DOW-UAP-D48, Department of the Air Force Report, 1996
Agency: Department of War
Incident date: 9/10/96
Page 128
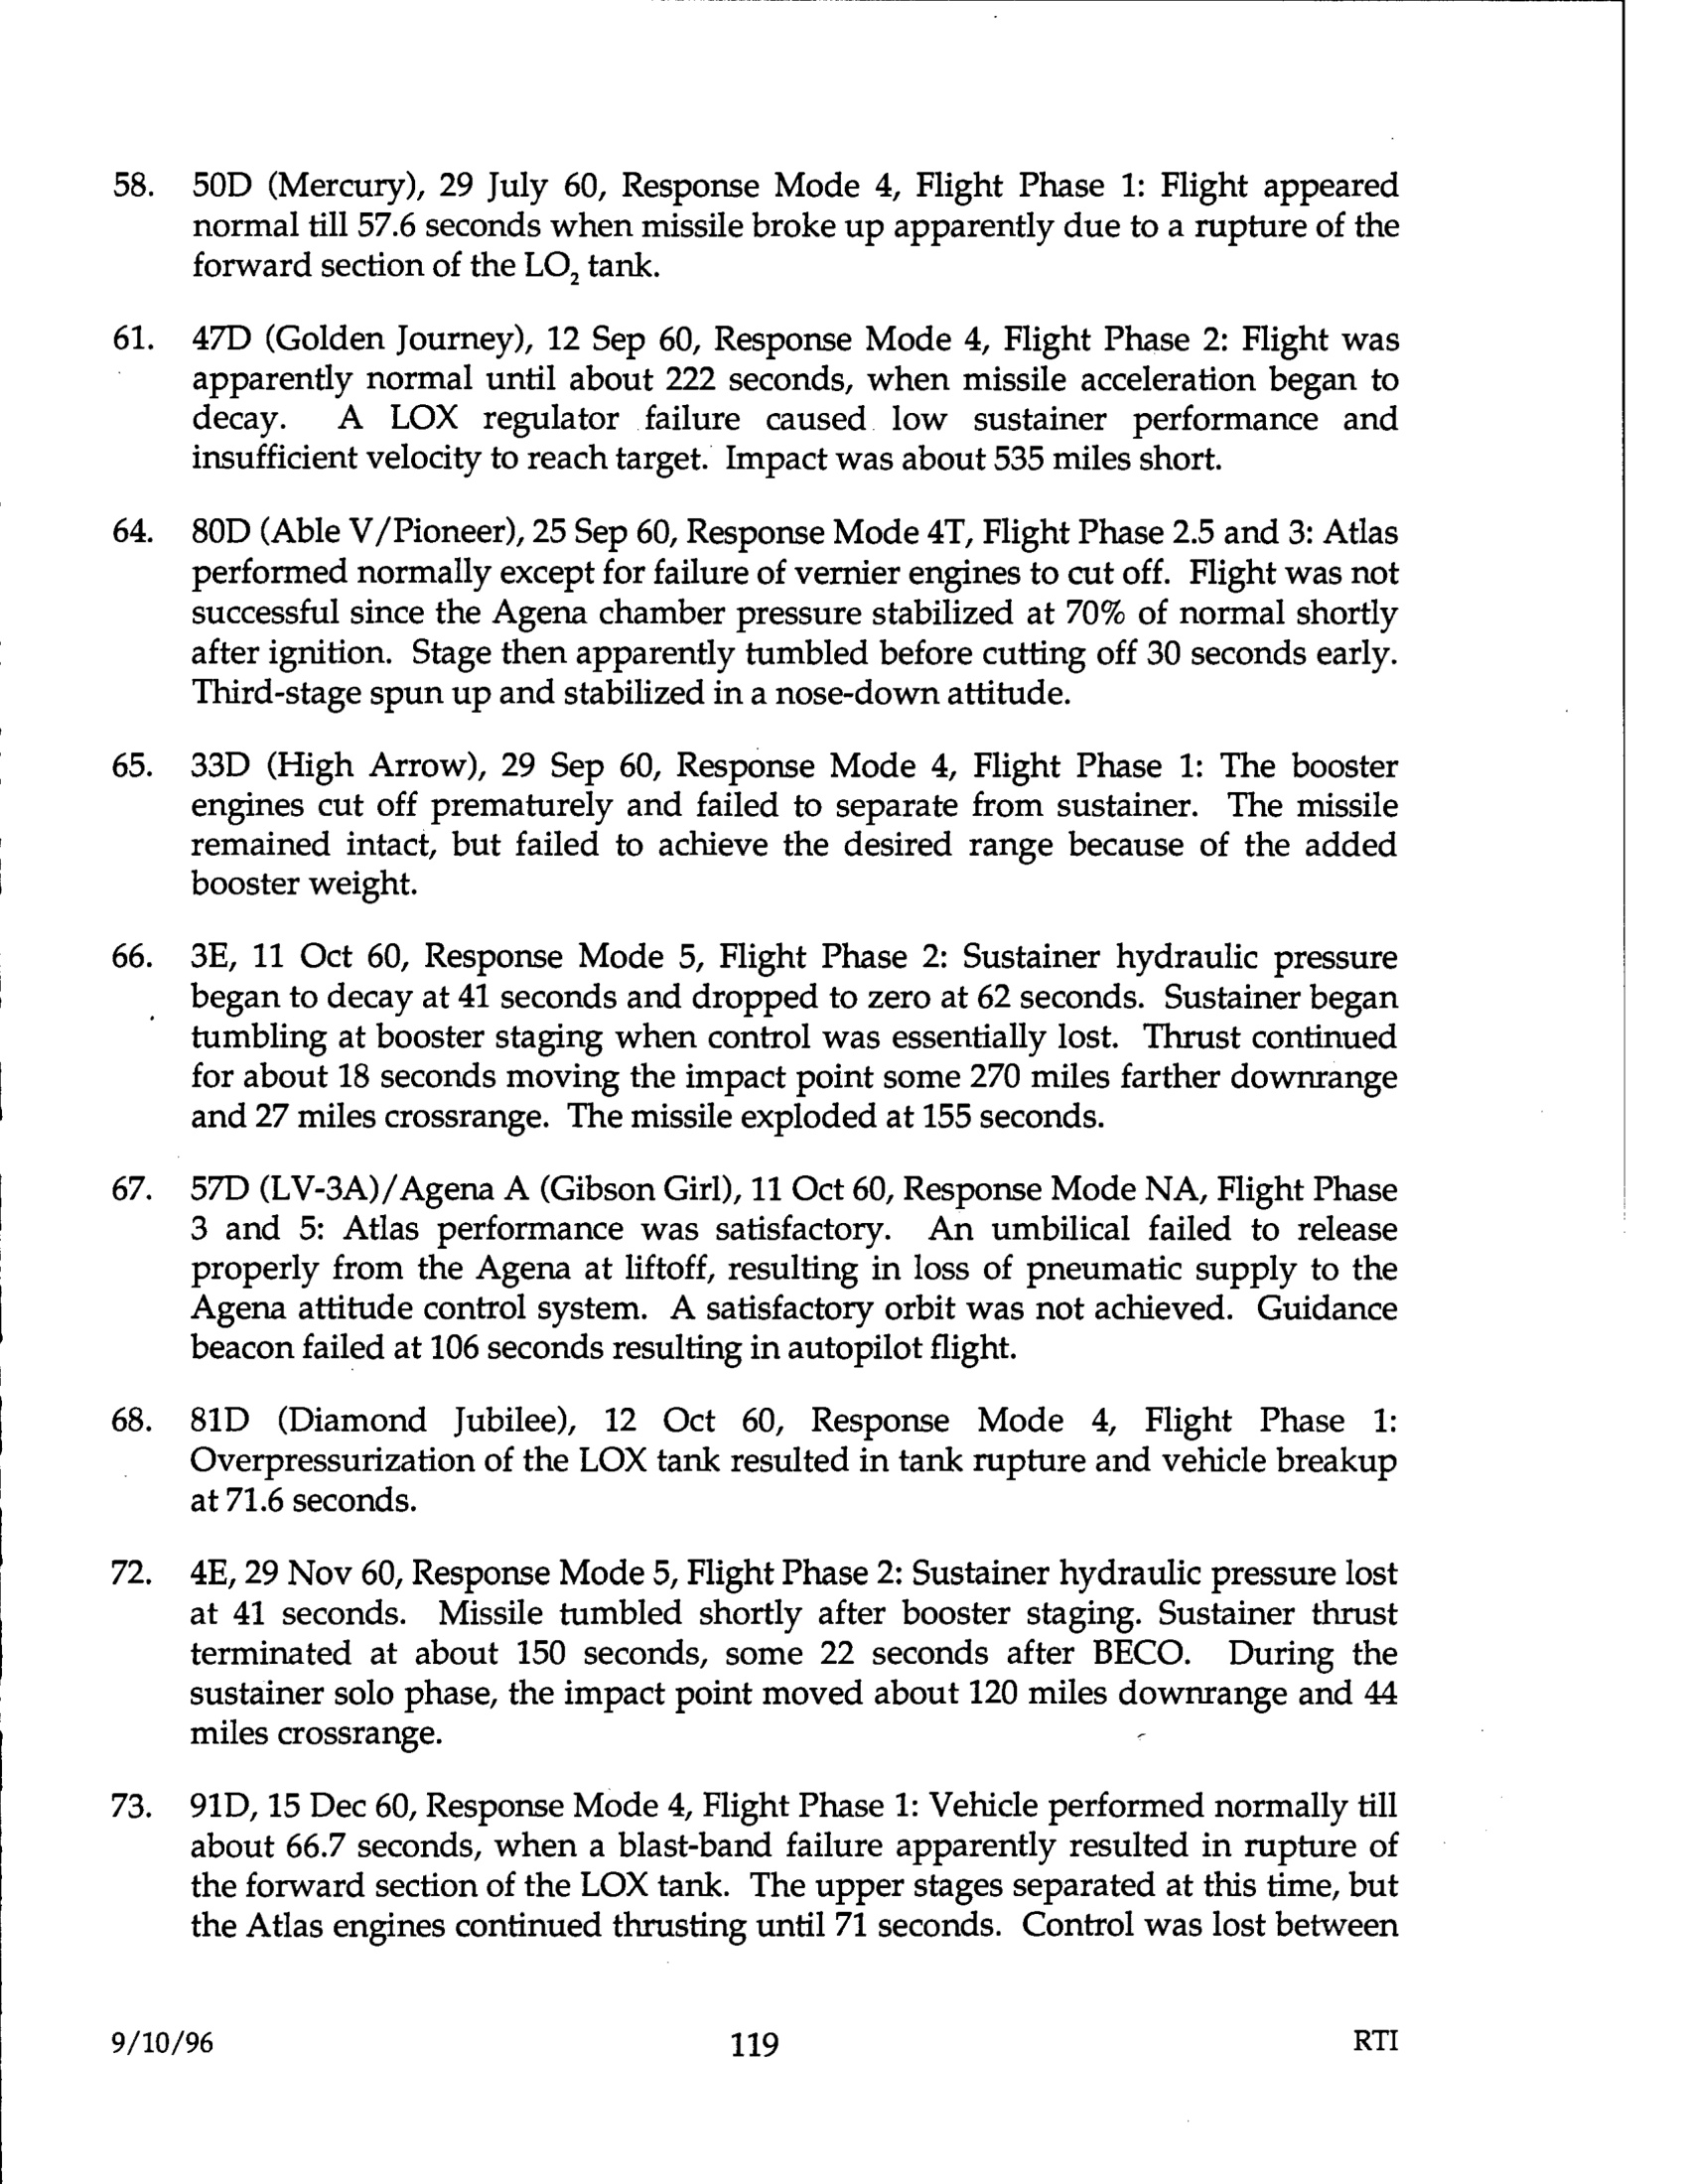